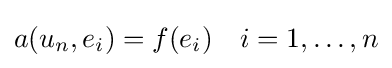
a(u_{n},e_{i})=f(e_{i})\quad i=1,\ldots ,n